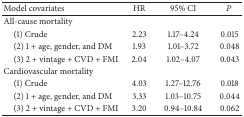
<table><thead><tr><td><b>Model covariates</b></td><td><b>HR</b></td><td><b>95% CI</b></td><td><b><i>P</i></b></td></tr></thead><tbody><tr><td>All-cause mortality</td><td> </td><td> </td><td> </td></tr><tr><td> (1) Crude</td><td>2.23</td><td>1.17–4.24</td><td>0.015</td></tr><tr><td> (2) 1 + age, gender, and DM</td><td>1.93</td><td>1.01–3.72</td><td>0.048</td></tr><tr><td> (3) 2 + vintage + CVD + FMI</td><td>2.04</td><td>1.02–4.07</td><td>0.043</td></tr><tr><td>Cardiovascular mortality</td><td> </td><td> </td><td> </td></tr><tr><td> (1) Crude</td><td>4.03</td><td>1.27–12.76</td><td>0.018</td></tr><tr><td> (2) 1 + age, gender, and DM</td><td>3.33</td><td>1.03–10.75</td><td>0.044</td></tr><tr><td> (3) 2 + vintage + CVD + FMI </td><td>3.20</td><td>0.94–10.84</td><td>0.062</td></tr></tbody></table>